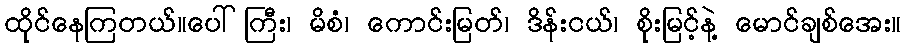
ထိုင်နေကြတယ်။ပေါ်ကြီး၊ မိစံ၊ ကောင်းမြတ်၊ ဒိန်းငယ်၊ စိုးမြင့်နဲ့ မောင်ချစ်အေး။